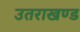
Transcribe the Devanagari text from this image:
उतराखण्ड